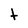
Character: t